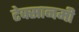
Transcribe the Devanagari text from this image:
टेक्सानमी